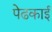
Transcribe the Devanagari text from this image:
पेढकाई